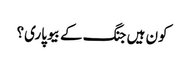
کون ہیں جنگ کے بیوپاری؟